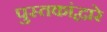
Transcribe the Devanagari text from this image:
पुस्तकांद्वारे